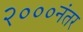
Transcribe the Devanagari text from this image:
२०००नंतर